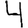
Digit: 4